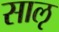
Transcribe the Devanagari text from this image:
साऌ